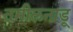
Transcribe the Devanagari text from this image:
तमीलनाडू